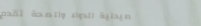
صيدلية الدواء والصحة تقدم